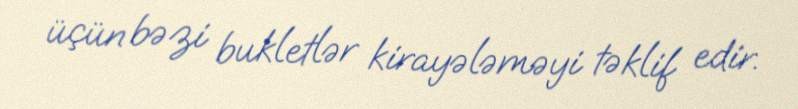
üçün bəzi bukletlər kirayələməyi təklif edir.